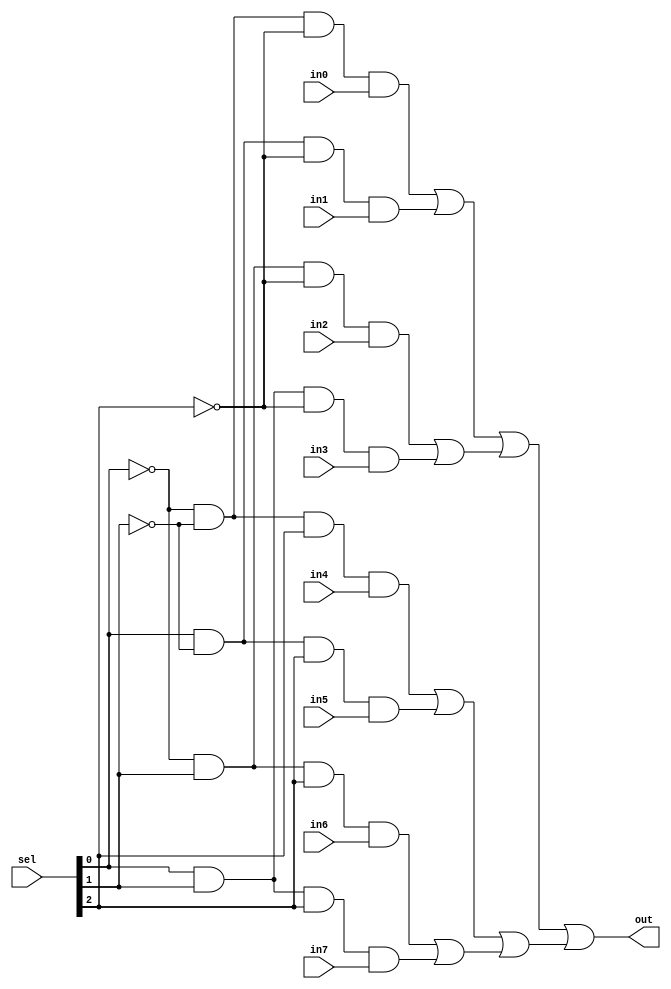
module mux_4x1_1bit(
output out,
input in0,
input in1,
input in2,
input in3,
input in4,
input in5,
input in6,
input in7,
input [3:0] sel
);

//This is 8x1 input actually.


  
    wire notSel2, notSel1, notSel0, wr1, wr2, wr3, wr4, wr5, wr6, wr7, wr8, wr9, wr10, wr11, wr12, wr13, wr14, wr15, wr16;
    wire zero_out, first_or, first_out, sec_out, second_or, third_or, third_out, fourth_or, fourth_out, fifth_or, fifth_out, sixth_or, sixth_out, seventh_out;

    not not0 (notSel2, sel[2]);
    not not1 (notSel1, sel[1]);
    not not2 (notSel0, sel[0]);

    //for the 0. condition. 000
    and and1 (wr1, notSel0, notSel1);
    and and2 (wr2, wr1, notSel2);
    and and3 (zero_out, wr2, in0);


    //for the 1. condition. 001
    and and4 (wr3, sel[0], notSel1);
    and and5 (wr4, wr3, notSel2);
    and and6 (first_out, wr4, in1);



    //for the 2. condition. 010
    and and7 (wr5, notSel0, sel[1]);
    and and8 (wr6, wr5, notSel2);
    and and9 (sec_out, wr6, in2);


    //for the 3. condition. 011
    and and10 (wr7, sel[0], sel[1]);
    and and11 (wr8, wr7, notSel2);
    and and12 (third_out, wr8, in3);


    //for the 4. condition. 100
    and and13 (wr9, notSel0, notSel1);
    and and14 (wr10, wr9, sel[2]);
    and and15 (fourth_out, wr10, in4);


    //for the 5. condition. 101
    and and16 (wr11, sel[0], notSel1);
    and and17 (wr12, wr11, sel[2]);
    and and18 (fifth_out, wr12, in5);


    //for the 6. condition. 110
    and and19 (wr13, notSel0, sel[1]);
    and and20 (wr14, wr13, sel[2]);
    and and21 (sixth_out, wr14, in6);


    //for the 7. condition. 111
    and and22 (wr15, sel[0], sel[1]);
    and and23 (wr16, wr15, sel[2]);
    and and24 (seventh_out, wr16, in7);


    // Now, the scene belongs to the or processes

    or or1 (first_or, zero_out, first_out);
    or or2 (second_or, sec_out, third_out);
    or or3 (third_or, fourth_out, fifth_out);
    or or4 (fourth_or, sixth_out, seventh_out);

    or or5 (fifth_or, first_or, second_or);
    or or6 (sixth_or, third_or, fourth_or);

    or or7 (out, fifth_or, sixth_or);








endmodule